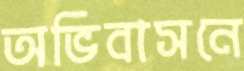
অভিবাসনে